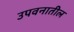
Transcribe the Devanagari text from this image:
उपवनातील